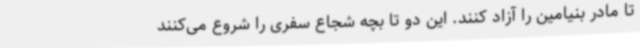
تا مادر بنیامین را آزاد کنند. این دو تا بچه شجاع سفری را شروع می‌کنند